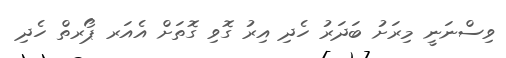
ވިސްނަނީ މިރަށު ބަދަރު ހެދި އިރު ގޮވި ގޮތަށް އެއަރ ޕޯރތް ހެދި